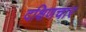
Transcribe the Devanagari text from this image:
दक्षिणचार